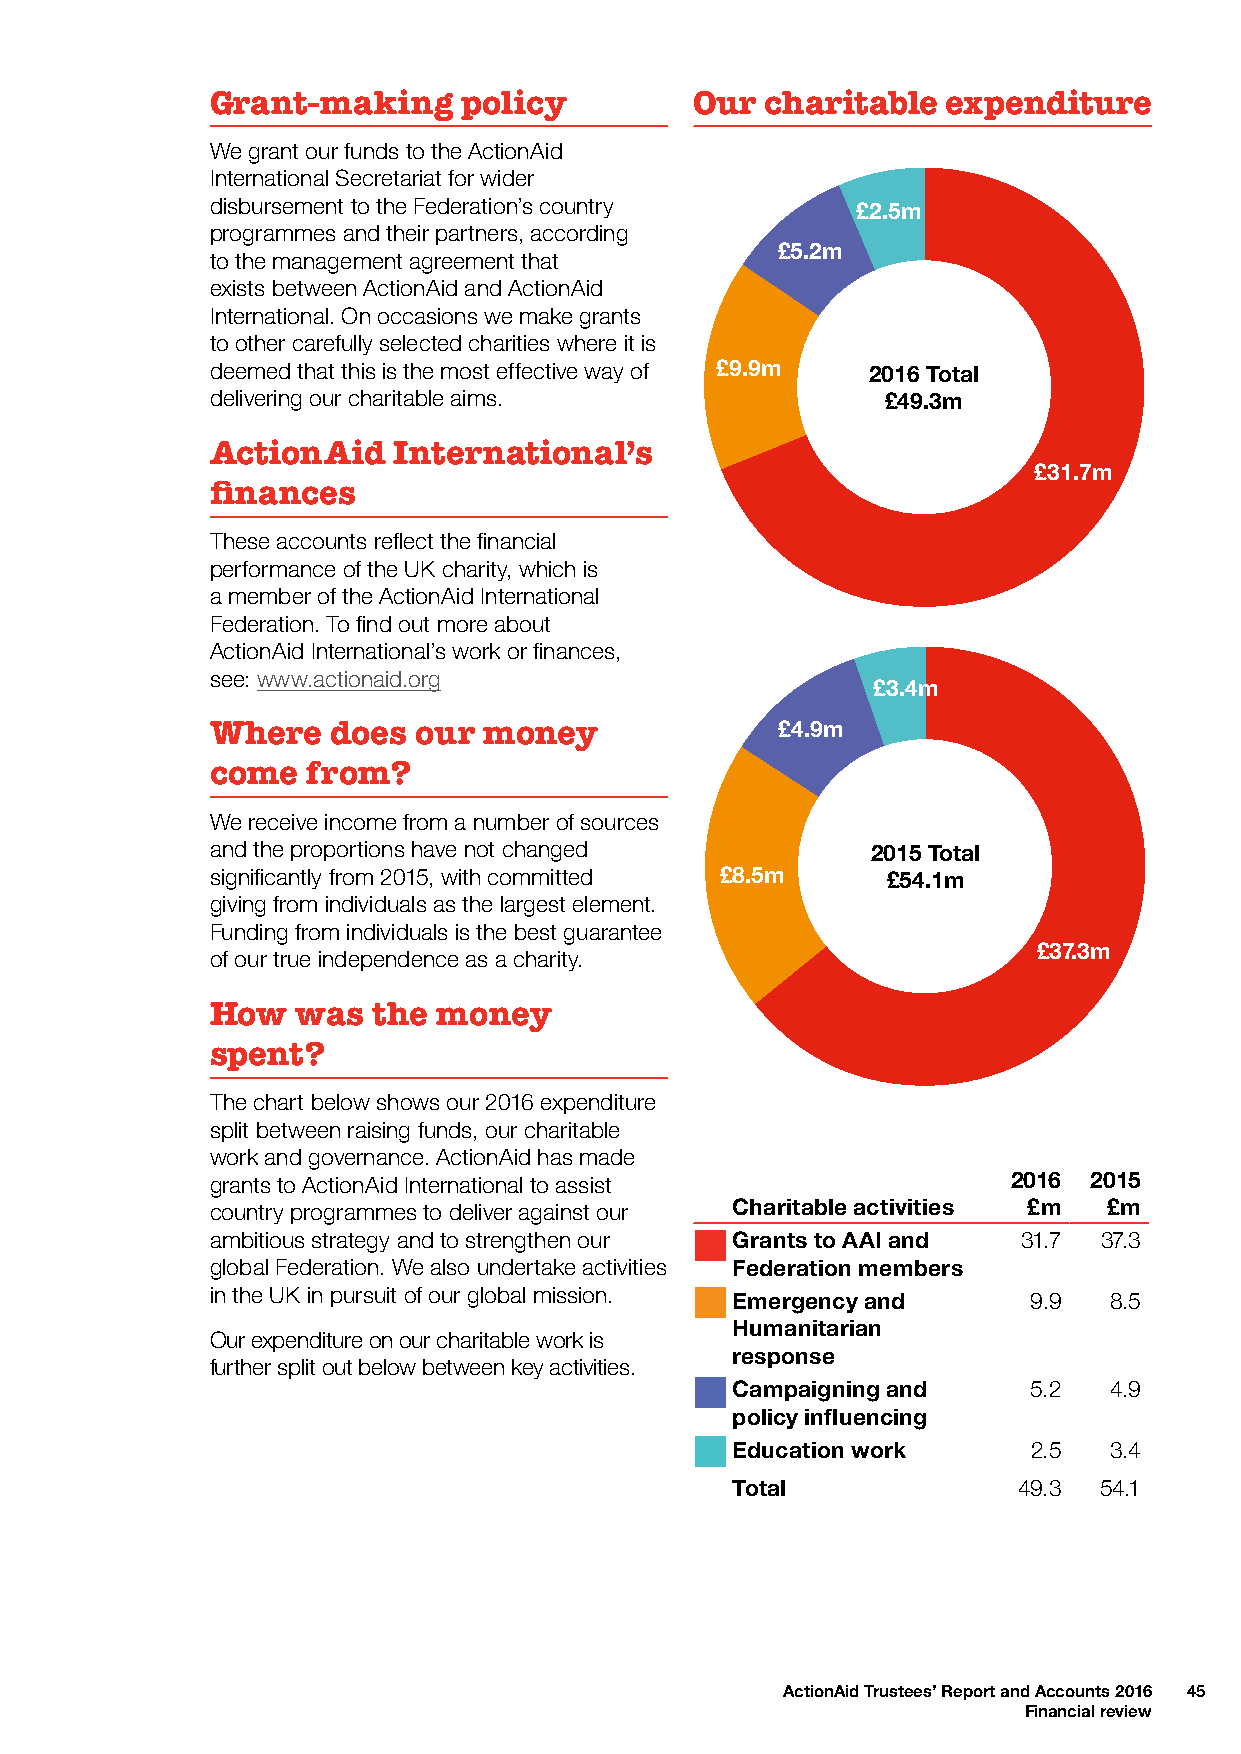
Grant-making     policy         Our  charitable  expenditure
 We grant our funds to the ActionAid
 International Secretariat for wider
 disbursement to the F£e3d.e4rmation’s country £2.5m
 programmes and their partners, according
 £4.9m                        £5.2m
 to the management agreement that
 exists between ActionAid and ActionAid
 International. On occasions we make grants
 to other carefully selected charities where it is
 deemed that this is th2e0 m15o sTto etfafelctive way of £9.9m 2016 Total
 deliver£in8g.5 omur charitable£ 5a4im.1sm.   £49.3m
 ActionAid   International’s
 £37.3m                       £31.7m
 finances
 These accounts reflect the financial
 performance of the UK charity, which is
 a member of the ActionAid International
 Federation. To find out more about
 ActionAid International’s work or finances,
 see: www.actionaid.org
 £3.4m                       £2.5m
 Where   does  our money              £4.9m                         £5.2m
 come  from?
 We receive income from a number of sources
 and the proportions have not changed        2015 Total         £9.9m     2016 Total
 significantly from 2015, with committed £8.5m £54.1m                      £49.3m
 giving from individuals as the largest element.
 Funding from individuals is the best guarantee
 £37.3m                       £31.7m
 of our true independence as a charity.
 How   was  the money
 spent?
 The chart below shows our 2016 expenditure
 split between raising funds, our charitable
 work and governance. ActionAid has made
 grants to ActionAid International to assist          2016 2015
 country programmes to deliver against our Charitable activities £m £m
 ambitious strategy and to strengthen our Grants to AAI and 31.7 37.3
 global Federation. We also undertake activities Federation members
 in the UK in pursuit of our global mission. Emergency and 9.9 8.5
 Humanitarian
 Our expenditure on our charitable work is
 response
 further split out below between key activities.
 Campaigning and     5.2  4.9
 policy influencing
 Education work      2.5  3.4
 Total              49.3  54.1
 ActionAid Trustees’ Report and Accounts 2016 45
 Financial review